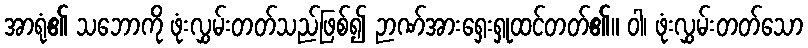
အာရုံ၏ သဘောကို ဖုံးလွှမ်းတတ်သည်ဖြစ်၍ ဉာဏ်အားရှေးရှုထင်တတ်၏။ ဝါ၊ ဖုံးလွှမ်းတတ်သော